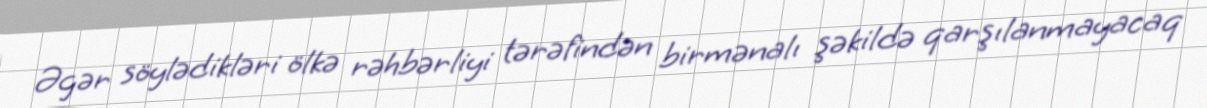
Əgər söylədikləri ölkə rəhbərliyi tərəfindən birmənalı şəkildə qarşılanmayacaq